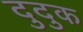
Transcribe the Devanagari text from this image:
दुदुक